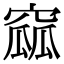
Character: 窳